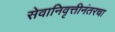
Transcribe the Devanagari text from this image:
सेवानिवृत्तीनंतरचा